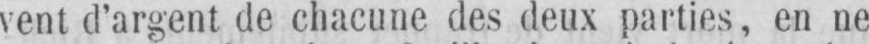
vent d’argent de chacune des deux parties, en ne